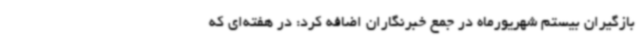
بازگیران بیستم شهریورماه در جمع خبرنگاران اضافه کرد: در هفته‌ای که